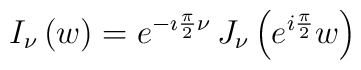
I_\nu\left( w\right)=e^{{-\imath\frac{\pi}{2}\nu}}    \,J_\nu\left(e^{{i \frac{\pi}{2}}}    w\right)